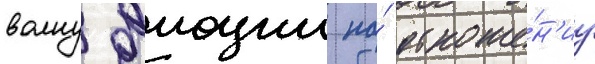
волну эмоции по́ отноше́н'иу